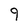
Character: 9